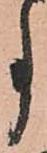
事